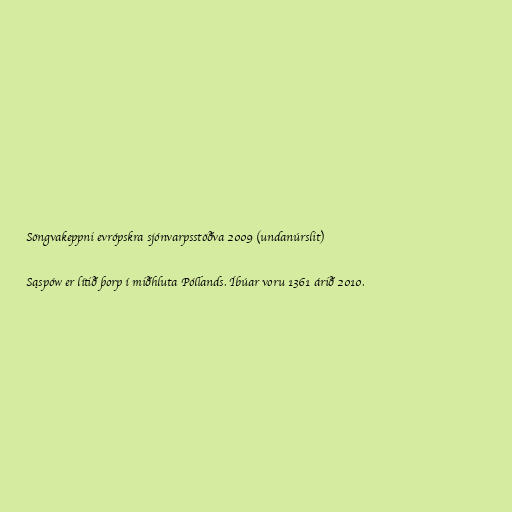
Söngvakeppni evrópskra sjónvarpsstöðva 2009 (undanúrslit)

Sąspów er lítið þorp í miðhluta Póllands. Íbúar voru 1361 árið 2010.